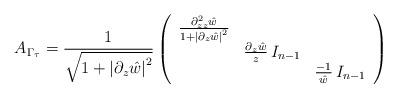
LaTeX: \begin{align*}A_{\Gamma_{\tau}}=\frac{1}{\sqrt{1+\left|\partial_{z}\hat{w}\right|^{2}}}\left(\begin{array}{ccc}\frac{\partial_{zz}^{2}\hat{w}}{1+\left|\partial_{z}\hat{w}\right|^{2}}\\ & \frac{\partial_{z}\hat{w}}{z}\,I_{n-1}\\ & & \frac{-1}{\hat{w}}\,I_{n-1}\end{array}\right)\end{align*}